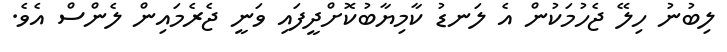
ލިބުނު ހިލޭ ޖެހުމަކުން އެ ލަނޑު ކާމިޔާބުކޮށްދީފައި ވަނީ ޖެރެމައިން ލެންސް އެވެ.